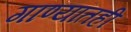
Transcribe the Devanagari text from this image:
गाण्यांतही